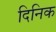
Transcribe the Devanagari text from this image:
दिनिक